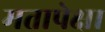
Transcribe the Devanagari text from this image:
मतापेक्षा